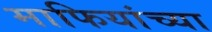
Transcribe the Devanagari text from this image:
माफियांच्या